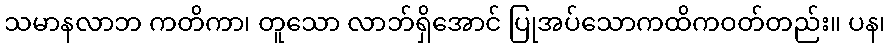
သမာနလာဘ ကတိကာ၊ တူသော လာဘ်ရှိအောင် ပြုအပ်သောကထိကဝတ်တည်း။ ပန၊